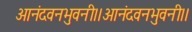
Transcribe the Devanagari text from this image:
आनंदवनभुवनी।।आनंदवनभुवनी।।